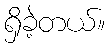
ရှိခဲ့တယ်။